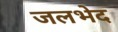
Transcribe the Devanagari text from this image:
जलभेद